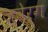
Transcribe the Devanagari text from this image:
ज्वेर्ग